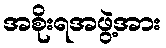
အစိုးရအဖွဲ့အား